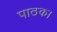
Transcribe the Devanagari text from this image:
पाठक।